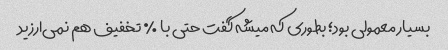
بسیار معمولی بود؛ بطوری که میشه گفت حتی با ٪ تخفیف هم نمی‌ارزید